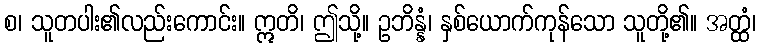
စ၊ သူတပါး၏လည်းကောင်း။ ဣတိ၊ ဤသို့။ ဥဘိန္နံ၊ နှစ်ယောက်ကုန်သော သူတို့၏။ အတ္ထံ၊